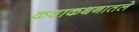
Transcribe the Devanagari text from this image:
कथाकथनातले